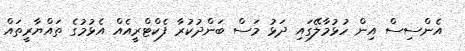
އެންސިސް އިން ހުޅުމާލޭގައި ދަޅު މަސް ބަންދުކުރާ ފެކްޓްރީއެއް އެޅުމުގެ ތައްޔާރީތައް